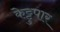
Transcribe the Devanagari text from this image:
केट्टुपार